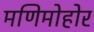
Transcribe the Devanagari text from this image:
मणिमोहोर